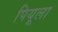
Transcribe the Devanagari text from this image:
पियूला